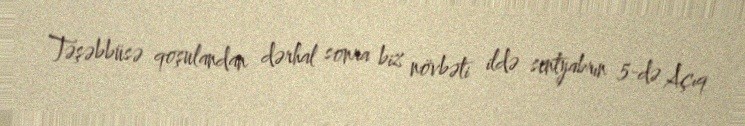
Təşəbbüsə qoşulandan dərhal sonra biz növbəti ildə sentyabrın 5-də Açıq